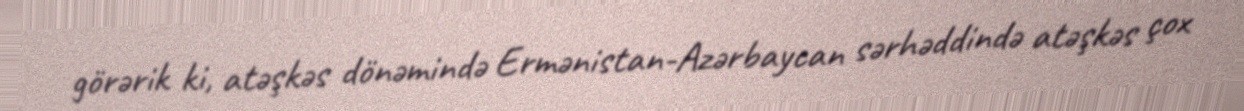
görərik ki, atəşkəs dönəmində Ermənistan-Azərbaycan sərhəddində atəşkəs çox